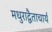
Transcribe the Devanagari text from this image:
मधुराद्वैताचार्य